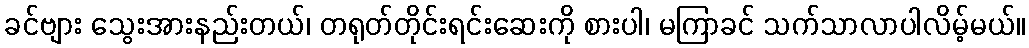
ခင်ဗျား သွေးအားနည်းတယ်၊ တရုတ်တိုင်းရင်းဆေးကို စားပါ၊ မကြာခင် သက်သာလာပါလိမ့်မယ်။